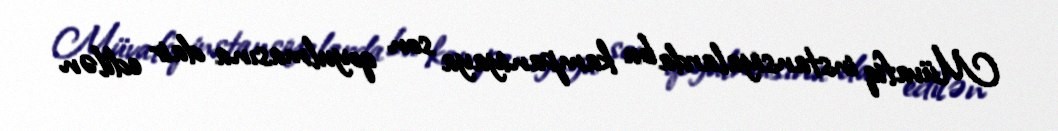
Müvafiq instansiyalarda bu kampaniyaya son qoyulmasına dair edilən